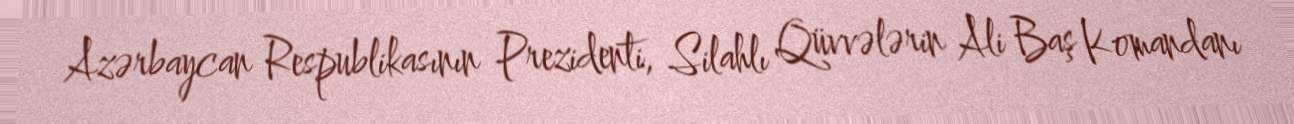
Azərbaycan Respublikasının Prezidenti, Silahlı Qüvvələrin Ali Baş Komandanı